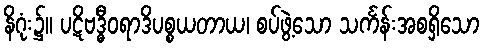
နိဂုံး၌။ ပဋိဗဒ္ဓီဝရာဒိပစ္စယတာယ၊ စပ်ဖွဲ့သော သင်္ကန်းအစရှိသော